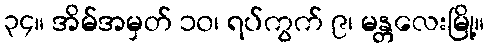
၃၄။ အိမ်အမှတ် ၁၀၊ ရပ်ကွက် ၉၊ မန္တလေးမြို့။